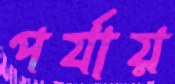
পর্যায়